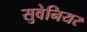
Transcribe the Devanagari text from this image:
सुवेनियर